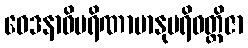
ဝေဒနာဝိပရိဏာမာနုပရိဝတ္တိဇာ